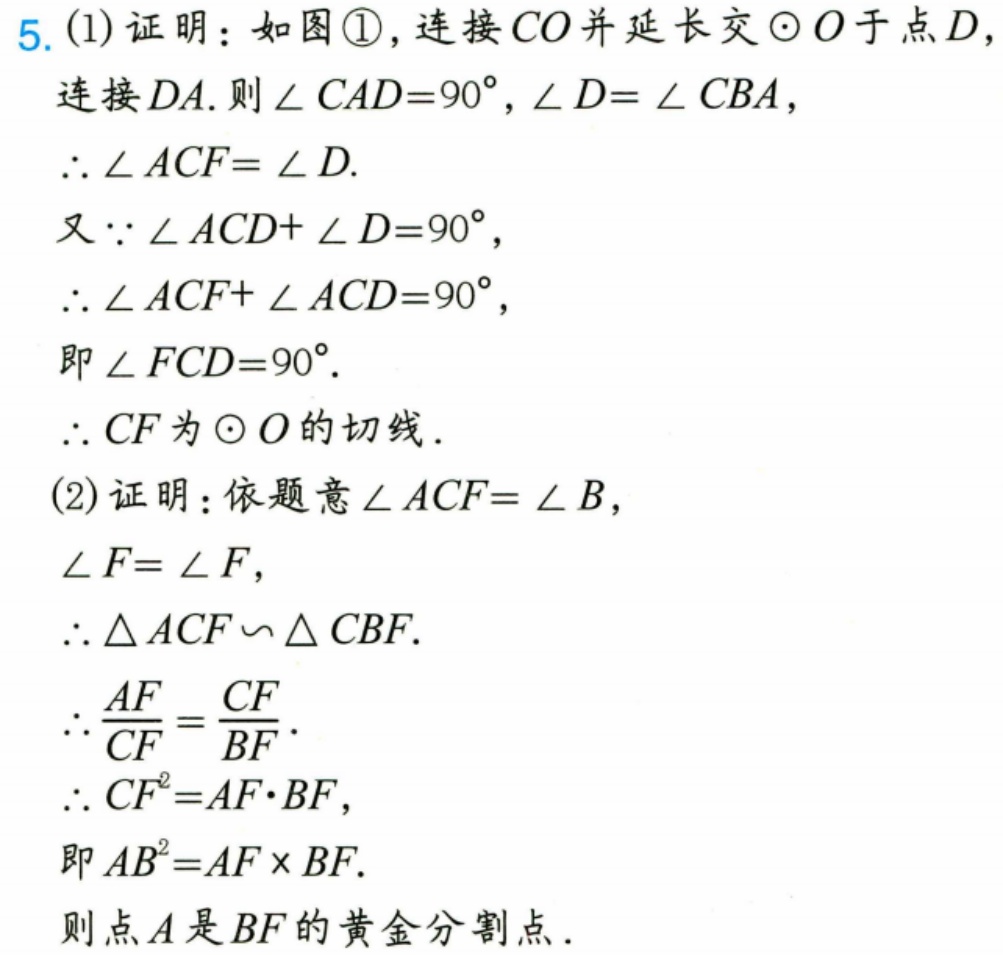
5. (1) 证明：如图\textcircled{1}，连接 \(CO\) 并延长交\(\odot O\)于点 \(D\)，
连接 \(DA\). 则\(\angle CAD = 90^{\circ}\)，\(\angle D=\angle CBA\)，
\(\therefore\angle ACF = \angle D\).
又\(\because\angle ACD+\angle D = 90^{\circ}\)，
\(\therefore\angle ACF+\angle ACD = 90^{\circ}\)，
即\(\angle FCD = 90^{\circ}\).
\(\therefore CF\)为\(\odot O\)的切线.
(2) 证明：依题意\(\angle ACF=\angle B\)，
\(\angle F=\angle F\)，
\(\therefore\triangle ACF\backsim\triangle CBF\).
\(\therefore\frac{AF}{CF}=\frac{CF}{BF}\).
\(\therefore CF^{2}=AF\cdot BF\)，
即\(AB^{2}=AF\times BF\).
则点 \(A\) 是 \(BF\) 的黄金分割点.